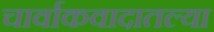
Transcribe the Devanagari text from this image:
चार्वाकवादातल्या